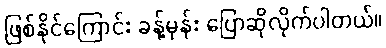
ဖြစ်နိုင်ကြောင်း ခန့်မှန်း ပြောဆိုလိုက်ပါတယ်။